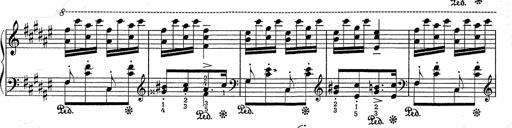
Title: Hungarian Rhapsody No.2
Composer: Franz Liszt
Key: C-sharp minor